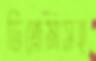
ডিপ্লোমাসহ